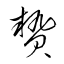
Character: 贄